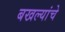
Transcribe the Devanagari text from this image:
बखल्यांचे